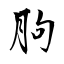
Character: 朐